Vaccination in Bombay 1889-1901 - 1889-1901
Year: 1889
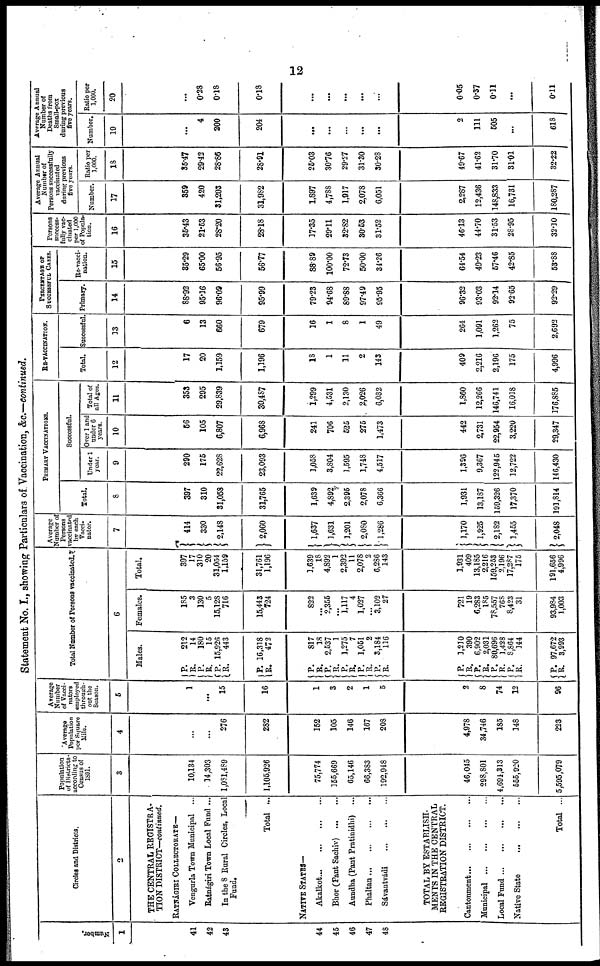
12
Statement No. I., showing Particulars of. Vaccination, &c.—continued.
Number.
1
41
42
43
44
45
46
47
48
Circles and Districts.
2
THE CENTRAL REGISTRA-
TION DISTRICT—continued.
RATNÁGIRI COLLECTORATE—
Vengurla Town Municipal ...
Ratnágiri Town Local Fund ...
In the 8 Rural Circles, Local
Fund.
Total ...
NATIVE STATES—
Akalkot
...
...
...
...
Bhor (Pant Sachiv)
...
...
Aundha (Pant Pratinidhi) ...
Phaltan
...
...
...
...
Sávantvádi
...
... ...
TOTAL BY ESTABLISH-
MENTS IN THE CENTRAL
REGISTRATION DISTRICT.
Cantonment
...
...
...
...
Municipal
...
...
...
...
Local Fund ... ... ... ...
Native State
...
...
...
Total ...
Population
of Districts
according to
Census of
1891.
3
10,134
14,303
1,081,489
1,105,926
75,774
155,669
65,146
66,383
192,948
46,045
298,801
4,691,313
555,920
5,595,079
Average
Population
per Square
Mile.
4
...
...
276
282
152
105
146
167
203
4,978
34,746
185
148
223
Average
Number
of Vacci-
nators
employed
through-
out the
Season.
5
1
...
15
16
1
3
2
1
5
2
8
74
12
96
Total Number of Persons vaccinated.
6
Males.
P.
R.
P.
R.
P.
R.
P.
R.
P.
R.
P. R.
P.
R. P.
R.
P. R.
P.
R.
P.
R. P.
R.
P.
R.
P.
R.
212
14
180
15
15,926
443
16,318
472
817
18
2,537
1
1,275
7
1,051
2
3,184
116
1,210
390
6,902
2,031
80,696
1,428
8,864
144
97,672
3,993
Females.
185
3
130
5
15,128
716
15,443
724
822
...
2,355
...
1,117
4
1,027
...
3,102
27
721
19
6,283
185
78,557
768
8,423
31
93,984
1,003
Total.
397
17
310
20
31,054
1,159
31,761
1,196
1,639
18
4,892
1
2,392
11
2,078
2
6,286
143
1,931
409
13,185
2,216
159,253
2,196
17,287
175
191,656
4,996
Average
Number of
Persons
vaccinated
by each
Vacci-
nator.
7
414
330
2,148
2,060
1,637
1,631
1,201
2,080
1,286
1,170
1,925
2,182
1,455
2,048
PRIMARY VACCINATIONS.
Total.
8
397
310
31,058
31,765
1,639
4,892
2,395
2,078
6,366
1,931
13,187
159,326
17,370
191,814
Successful.
Under 1
year.
9
290
175
22,628
23,093
1,058
3,804
1,595
1,748
4,517
1,396
9,367
122,945
12,722
146,430
Over 1 and
under 6
years.
10
56
105
6,807
6,968
241
706
525
275
1,473
442
2,731
22,954
3,220
29,347
Total of
all Ages.
11
353
295
29,839
30,487
1,299
4,531
2,130
2,026
6,032
1,860
12,266
146,741
16,018
176,885
RE-VACCINATION.
Total.
12
17
20
1,159
1,196
18
1
11
2
143
409
2,216
2,196
175
4,996
Successful.
13
6
13
660
679
16
1
8
1
49
264
1,091
1,262
75
2,692
PERCENTAGE OF
SUCCESSFUL CASES.
Primary.
14
88.92
95.16
96.09
95.99
79.23
94.68
89.88
97.49
95.95
96.32
93.03
92.14
92.65
92.29
Re-vacci-
nation.
15
35.29
65.00
56.95
56.77
88.89
100.00
72.73
50.00
34.26
64.54
49.23
57.46
42.85
53.88
Persons
success-
fully vac-
cinated
per 1,000
of Popula-
tion.
16
35.43
21.53
28.20
28.18
17.35
29.11
32.82
30.53
31.52
46.13
44.70
31.53
28.95
32.10
Average Annual
Number of
Persons successfully
vaccinated
during previous
five years.
Number.
17
359
420
31,203
31,982
1,897
4,788
1,917
2,078
6,051
2,287
12,436
148,833
16,731
180,287
Ratio per
1,000.
18
35.47
29.42
28.86
28.91
25.03
30.76
29.27
31.30
30.28
49.67
41.62
31.70
31.01
32.22
Average Annual
Number of
Deaths from
Small-pox
during previous
five years.
Number.
19
...
4
200
204
...
...
...
...
...
2
111
505
...
618
Ratio per
1,000.
20
...
0.28
0.18
0.18
...
...
...
...
...
0.05
0.37
0.11
...
0.11